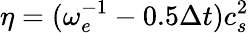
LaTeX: \eta=(\omega_{e}^{-1}-0.5\Delta t)c_{s}^{2}